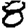
Digit: 8